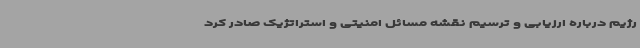
رژیم درباره ارزیابی و ترسیم نقشه مسائل امنیتی و استراتژیک صادر کرد